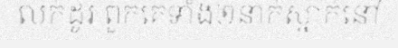
លក់ដូរ ពួកគេទាំង២នាក់ស្នាក់នៅ